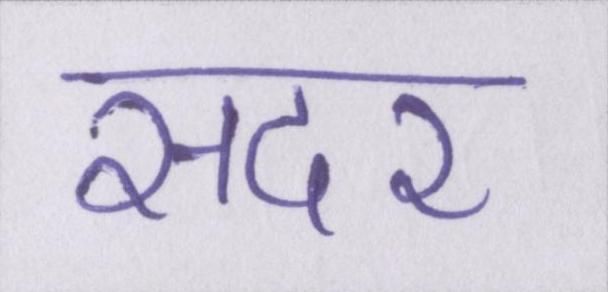
सदर